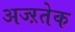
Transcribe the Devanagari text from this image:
अज्ऱतेक